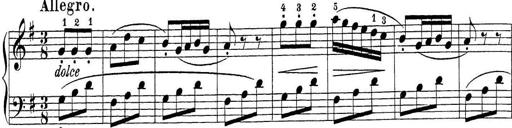
Title: Sonatina Album
Composer: Louis KÃ¶hler